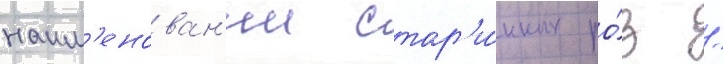
наим'енован'ии стар'и́нных ро́з /